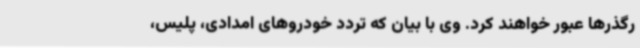
رگذرها عبور خواهند کرد. وی با بیان ‌که تردد خودروهای امدادی، پلیس،